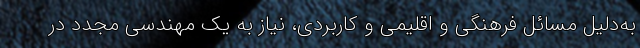
به‌دلیل مسائل فرهنگی و اقلیمی و کاربردی، نیاز به یک مهندسی مجدد در